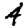
Digit: 4